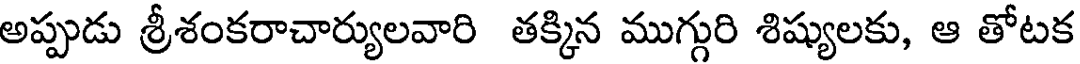
అప్పుడు శ్రీశంకరాచార్యులవారి తక్కిన ముగ్గురి శిష్యులకు, ఆ తోటక